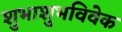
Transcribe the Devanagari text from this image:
शुभाशुभविवेक